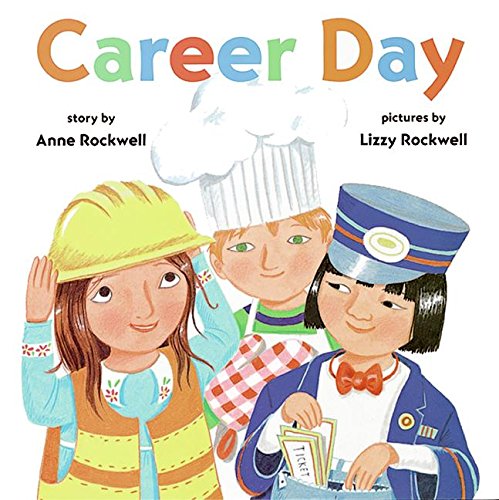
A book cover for Career Day; Anne Rockwell; Children's Books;